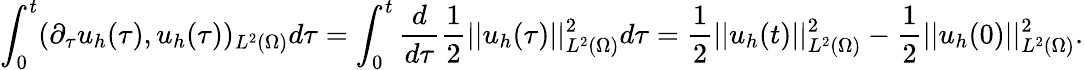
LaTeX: \int_{0}^{t}(\partial_{\tau}u_{h}(\tau),u_{h}(\tau))_{L^{2}(\Omega)}d\tau=\int_{0}^{t}\frac{d}{d{\tau}}\frac{1}{2}||u_{h}(\tau)||_{L^{2}(\Omega)}^{2}d\tau=\frac{1}{2}||u_{h}(t)||_{L^{2}(\Omega)}^{2}-\frac{1}{2}||u_{h}(0)||_{L^{2}(\Omega)}^{2}.